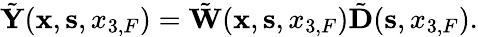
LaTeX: \begin{array}{r}{\tilde{\mathbf Y}({{\mathbf x}},{{\mathbf s}},{x_{3,F}})=\tilde{\mathbf W}({{\mathbf x}},{{\mathbf s}},{x_{3,F}})\tilde{\mathbf D}({{\mathbf s}},x_{3,F}).}\end{array}